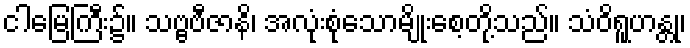
ငါမြေကြီး၌။ သဗ္ဗဗီဇာနိ၊ အလုံးစုံသောမျိုးစေ့တို့သည်။ သံဝိရူဟန္တု၊